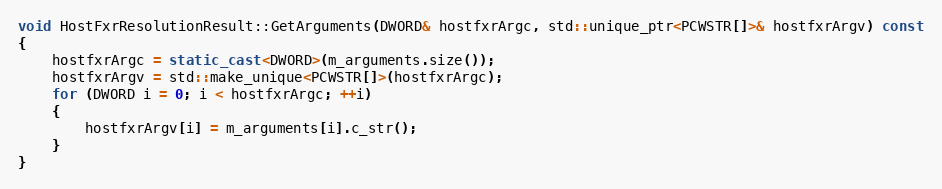
Language: C++
void HostFxrResolutionResult::GetArguments(DWORD& hostfxrArgc, std::unique_ptr<PCWSTR[]>& hostfxrArgv) const
{
    hostfxrArgc = static_cast<DWORD>(m_arguments.size());
    hostfxrArgv = std::make_unique<PCWSTR[]>(hostfxrArgc);
    for (DWORD i = 0; i < hostfxrArgc; ++i)
    {
        hostfxrArgv[i] = m_arguments[i].c_str();
    }
}